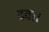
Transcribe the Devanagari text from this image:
द्रवा।